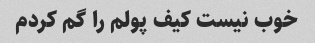
خوب نیست کیف پولم را گم کردم